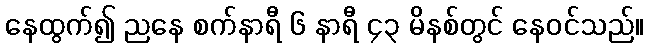
နေထွက်၍ ညနေ စက်နာရီ ၆ နာရီ ၄၃ မိနစ်တွင် နေဝင်သည်။